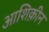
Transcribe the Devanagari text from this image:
आशिक़ीन